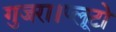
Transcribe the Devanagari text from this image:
गुजरा।प्लूटो